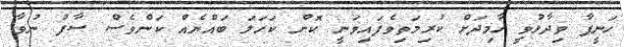
ހަނީފާ ވިދާޅުވީ ހާމިދަށް ކުރިމަތިވެފައިވަނީ ކޮން ކަހަލަ ބައްޔެއް ކަންވެސް ސާފު ނުވާ